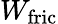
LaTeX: W_{\mathrm{fric}}